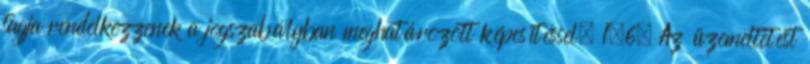
tagja rendelkezzenek a jogszabályban meghatározott képesítéssel. 1.6. Az üzemeltetést